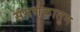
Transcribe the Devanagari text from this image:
संगणकातुन